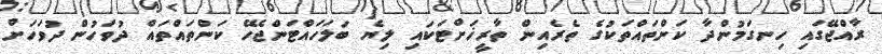
ރާއްޖޭގައި ހިނގަމުންދާ ކަންތައްތަކުގެ ތެރެއިން ތާރީޚަށްޓަކައި ލިޔެ ބަލަހައްޓަންޖެހޭ ކަންތައްތައް ދުވަހުން ދުވަހަށް